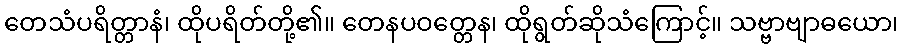
တေသံပရိတ္တာနံ၊ ထိုပရိတ်တို့၏။ တေနပဝတ္တေန၊ ထိုရွတ်ဆိုသံကြောင့်။ သဗ္ဗာဗျာဓယော၊